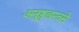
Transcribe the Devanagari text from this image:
अनुष्ठुछन्दसे